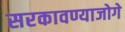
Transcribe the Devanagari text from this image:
सरकावण्याजोगे